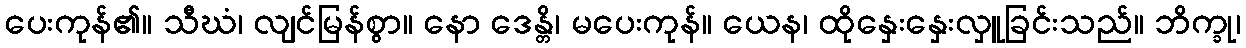
ပေးကုန်၏။ သီဃံ၊ လျင်မြန်စွာ။ နော ဒေန္တိ၊ မပေးကုန်။ ယေန၊ ထိုနှေးနှေးလှူခြင်းသည်။ ဘိက္ခု၊